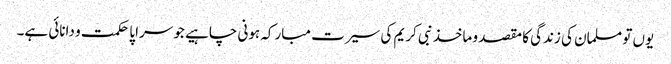
یوں تو مسلمان کی زندگی کا مقصد و ماخذ نبی کریم کی سیرت مبارکہ ہونی چاہیے جو سراپا حکمت و دانائی ہے۔